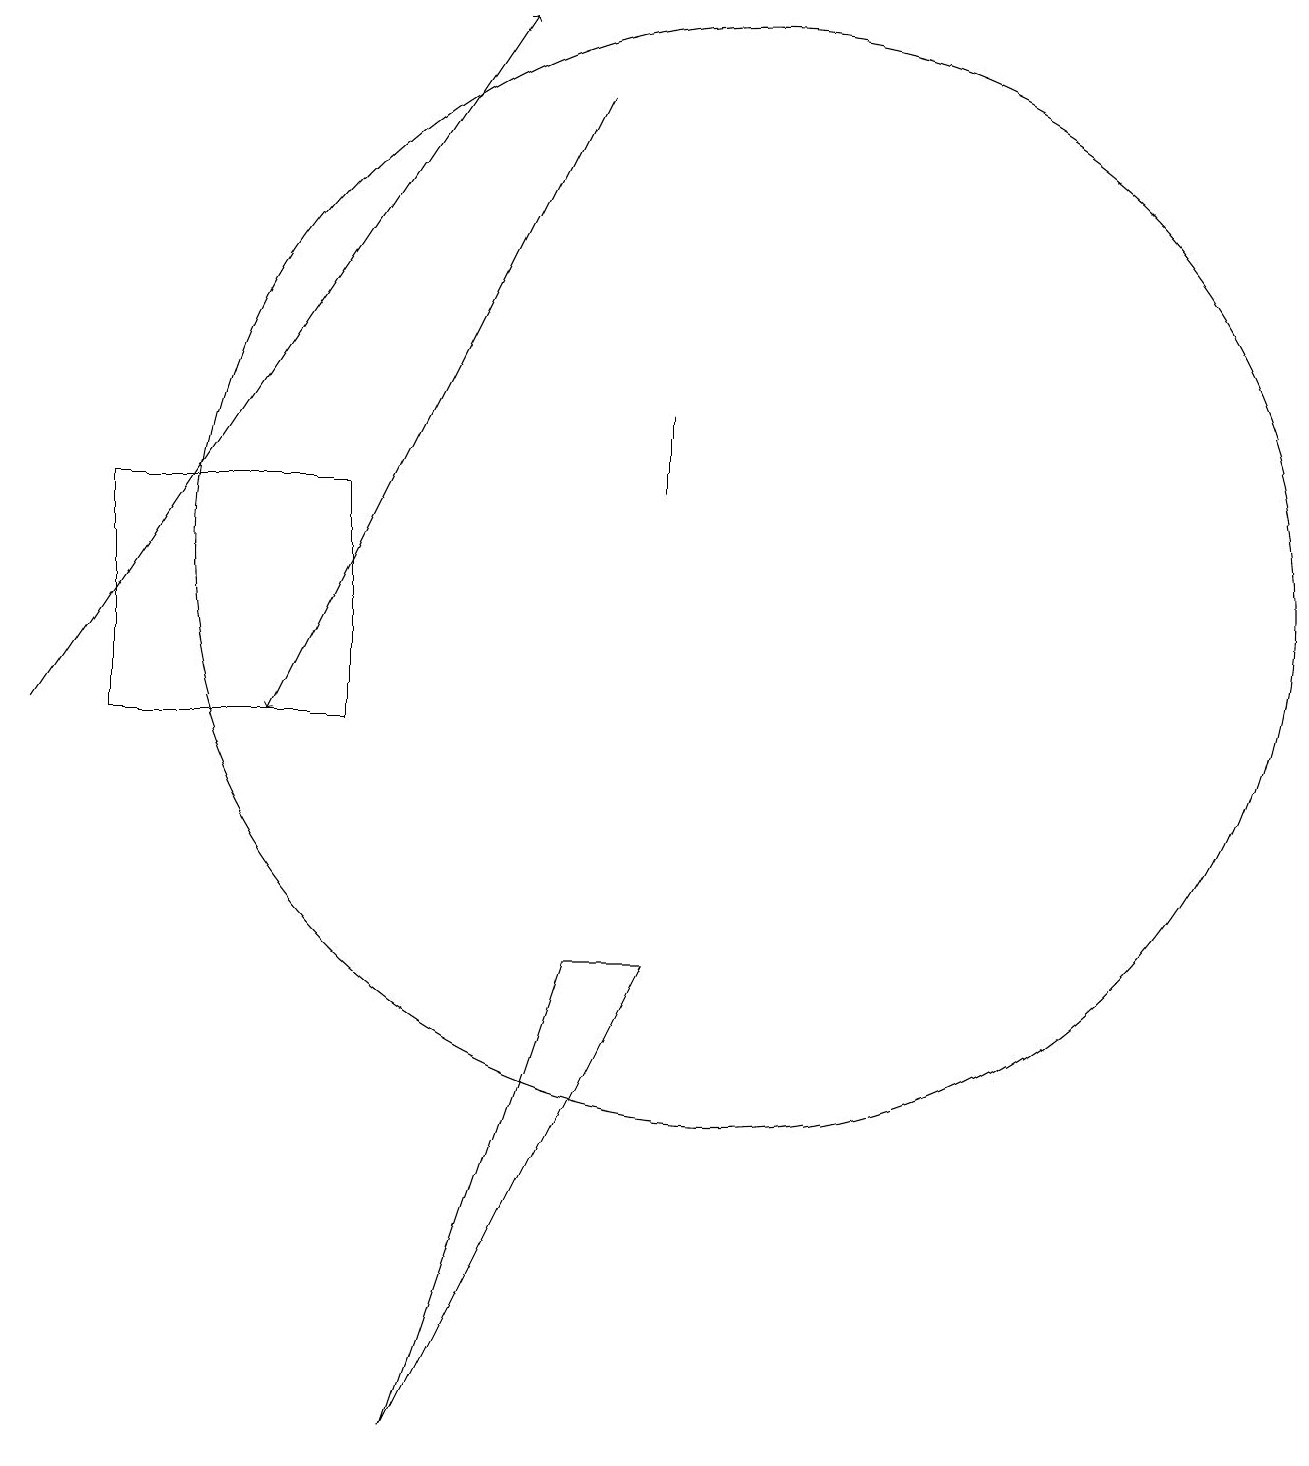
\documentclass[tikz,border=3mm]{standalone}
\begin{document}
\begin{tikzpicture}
\draw (11,12) circle (0);
\draw (5,13) rectangle (2,10);
\draw[->] (1,10) -- (7,19);
\draw (10,12) circle (7);
\draw (9,14) rectangle (9,13);
\draw (9,7) -- (8,7) -- (6,1) -- cycle;
\draw[->] (8,18) -- (4,10);
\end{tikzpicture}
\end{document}